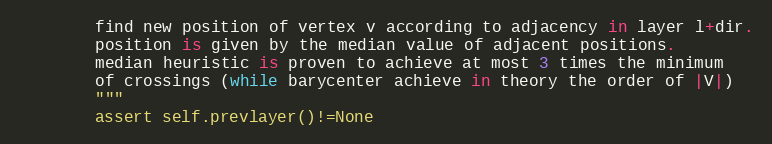
Language: Python
        find new position of vertex v according to adjacency in layer l+dir.
        position is given by the median value of adjacent positions.
        median heuristic is proven to achieve at most 3 times the minimum
        of crossings (while barycenter achieve in theory the order of |V|)
        """
        assert self.prevlayer()!=None